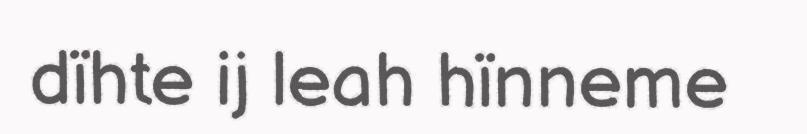
dïhte ij leah hïnneme